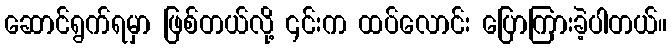
ဆောင်ရွက်ရမှာ ဖြစ်တယ်လို့ ၎င်းက ထပ်လောင်း ပြောကြားခဲ့ပါတယ်။